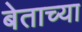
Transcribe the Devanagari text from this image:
बेताच्या